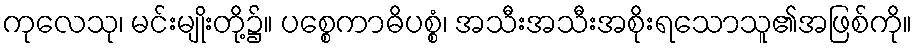
ကုလေသု၊ မင်းမျိုးတို့၌။ ပစ္စေကာဓိပစ္စံ၊ အသီးအသီးအစိုးရသောသူ၏အဖြစ်ကို။